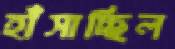
হাঁসাচ্ছিল